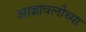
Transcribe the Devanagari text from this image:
आज्ञावलीच्या